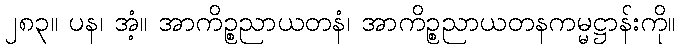
၂၈၃။ ပန၊ အံ့။ အာကိဉ္စညာယတနံ၊ အာကိဉ္စညာယတနကမ္မဋ္ဌာန်းကို။